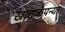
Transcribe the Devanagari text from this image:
खाद्यकंपन्या